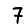
Digit: 7